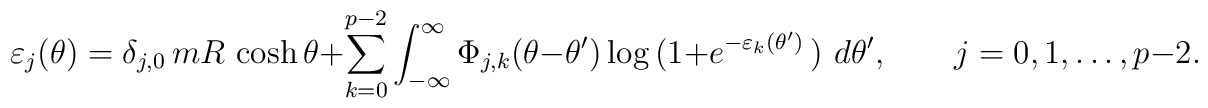
\varepsilon_{j} ( \theta ) =\delta_{j,0}\, mR \, \cosh \theta  + \sum_{k=0}^{p-2} \int_{-\infty}^\infty \Phi_{j,k}(\theta-\theta') \log \big( 1+ e^{-\varepsilon_k( \theta')}\, \big)\,\, d \theta', \qquad j=0,1,\ldots,p-2.